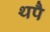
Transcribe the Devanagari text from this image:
थपै